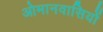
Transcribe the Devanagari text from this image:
ओमानवासियों